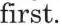
first.